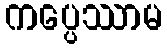
ကပ္ပေဿာမ